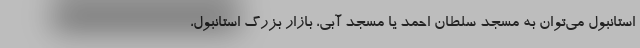
استانبول می‌توان به مسجد سلطان احمد یا مسجد آبی، بازار بزرگ استانبول،